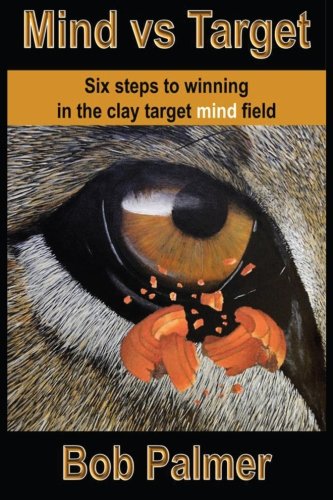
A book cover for Mind vs Target: Six steps to winning in the clay target mind field; Bob Palmer; Sports & Outdoors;